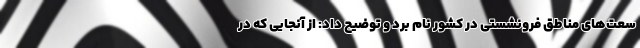
سعت‌های مناطق فرونشستی در کشور نام برد و توضیح داد: از آنجایی که در